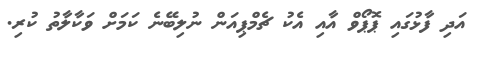
އަދި ފާޅުގައި ޕޮޕޯވް އާއި އެކު ޗެމްޕިއަން ނުލިބޭނެ ކަމަށް ވަކާލާތު ކުރި.